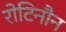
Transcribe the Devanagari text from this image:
रोटिनौन